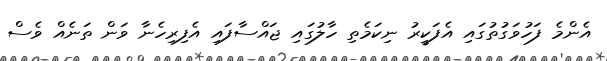
އެންމެ ފަހުވަގުތުގައި އެފަކީރު ނިކަމެތި ހާލުގައި ޖައްސާފައި އެފިރިހެނާ ވަން ތަނެއް ވެސް